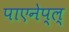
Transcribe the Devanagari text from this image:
पाएनेप्ल्